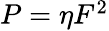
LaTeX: \begin{array}{r}{P=\eta F^{2}}\end{array}